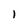
Character: I